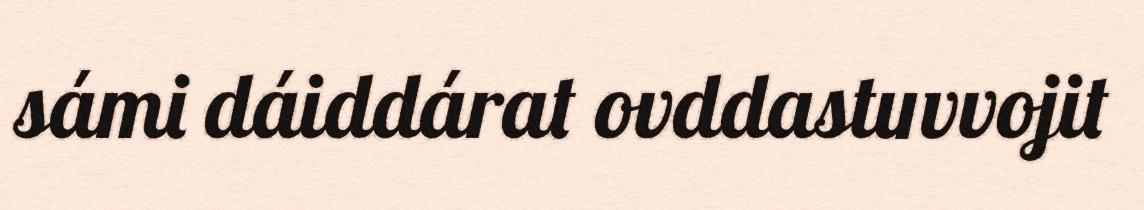
sámi dáiddárat ovddastuvvojit